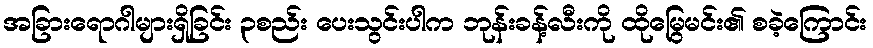
အခြားရောဂါများရှိခြင်း ၃စည်း ပေးသွင်းပါက ဘုန်းခန့်လီးကို ထိုမြွေမင်း၏ စခဲ့ကြောင်း